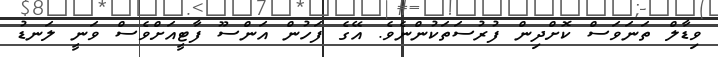
ވިޑާލް ތަނަވަސް ކޮށްދިން ފުރުސަތަކުންނެވެ. އޭގެ ފަހުން އަންސޫ ފާޓީއަށްވެސް ވަނީ ލަނޑު